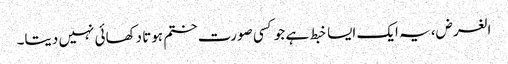
الغرض، یہ ایک ایسا خبط ہے جو کسی صورت ختم ہوتا دکھائی نہیں دیتا۔